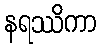
နရဿိကာ